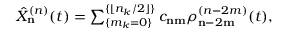
\begin{array} { r } { \hat { X } _ { \bf n } ^ { ( n ) } ( t ) = \sum _ { \{ m _ { k } = 0 \} } ^ { \{ \lfloor n _ { k } / 2 \rfloor \} } c _ { \bf n m } \rho _ { { \bf n } - 2 { \bf m } } ^ { ( n - 2 m ) } ( t ) , } \end{array}